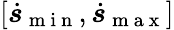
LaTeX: \left[\dot{\boldsymbol{s}}_{\mathrm{~m~i~n~}},\dot{\boldsymbol{s}}_{\mathrm{~m~a~x~}}\right]